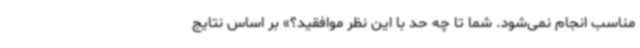
مناسب انجام نمی‌شود. شما تا چه حد با این نظر موافقید؟» بر اساس نتایج